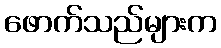
ဖောက်သည်များက